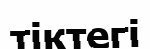
тіктегі